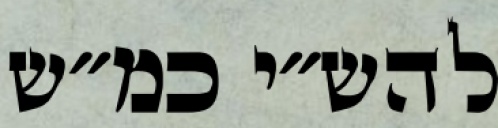
להש״י כמ״ש